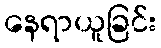
နေရာယူခြင်း